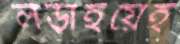
লড়াইয়েই